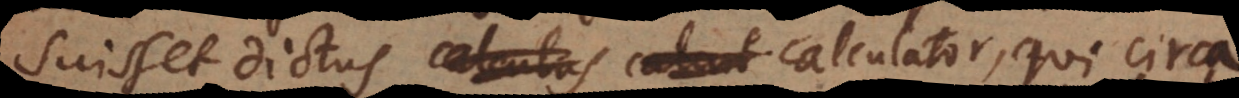
Suisset dictus calculator, qui circa